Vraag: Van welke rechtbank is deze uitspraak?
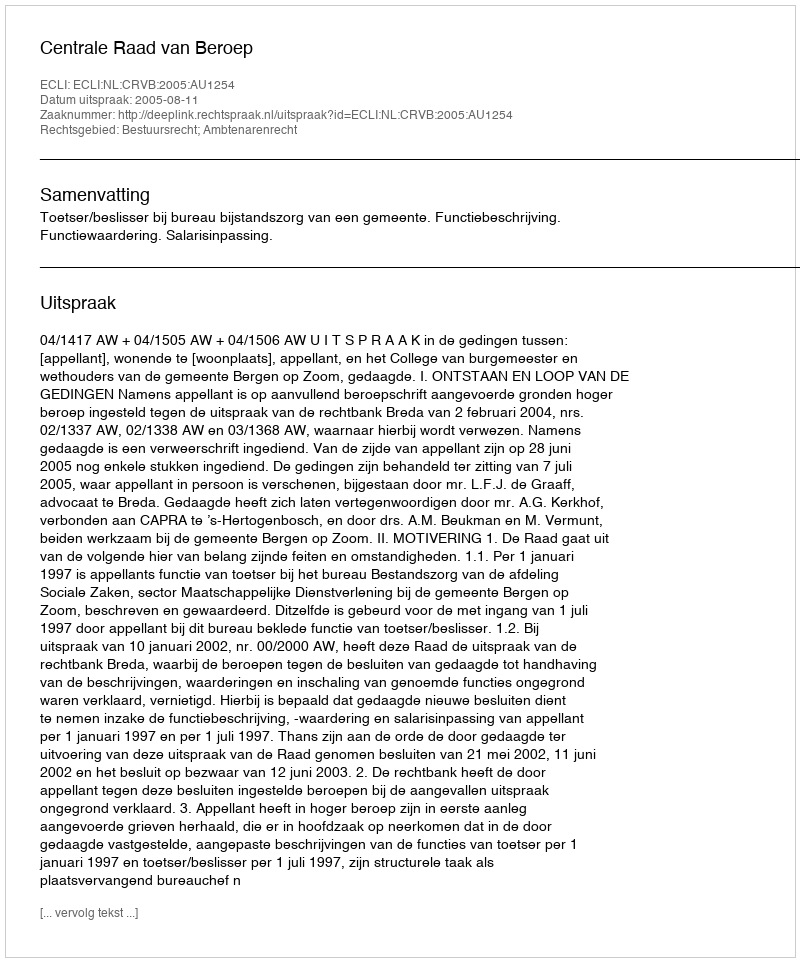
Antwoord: Centrale Raad van Beroep